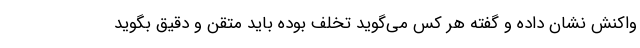
واکنش نشان داده و گفته هر کس می‌گوید تخلف بوده باید متقن و دقیق بگوید